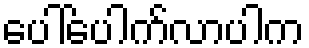
ပေါ်ပေါက်လာပါက